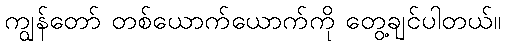
ကျွန်တော် တစ်ယောက်ယောက်ကို တွေ့ချင်ပါတယ်။